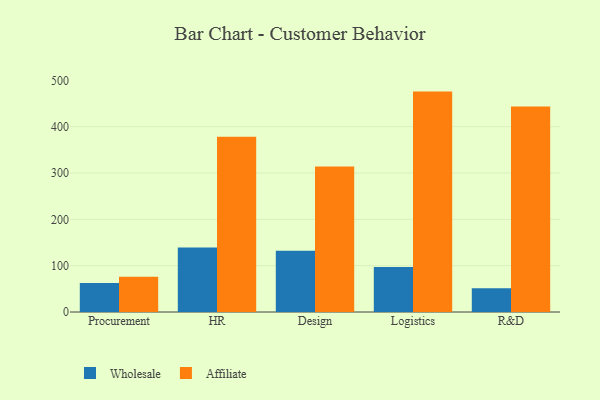
{"axis": {"x": "Department", "y": "Customer Acquisition Cost (USD)"}, "legend": ["Affiliate", "Wholesale"], "data": [{"x": "Procurement", "y": 62.6, "type": "Wholesale"}, {"x": "Procurement", "y": 76.2, "type": "Affiliate"}, {"x": "HR", "y": 139.3, "type": "Wholesale"}, {"x": "HR", "y": 378.2, "type": "Affiliate"}, {"x": "Design", "y": 132.1, "type": "Wholesale"}, {"x": "Design", "y": 314.3, "type": "Affiliate"}, {"x": "Logistics", "y": 96.9, "type": "Wholesale"}, {"x": "Logistics", "y": 475.8, "type": "Affiliate"}, {"x": "R&D", "y": 51.1, "type": "Wholesale"}, {"x": "R&D", "y": 443.6, "type": "Affiliate"}]}